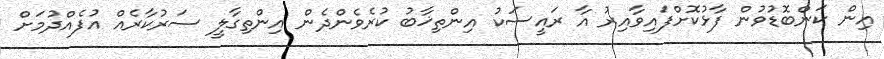
އިން ކަންބޮޑުވުން ފާޅުކޮށްފައިވާއިރު އާ ރައީސަކު އިންތިޚާބު ކުރެވެންދެން އިންތިގާލީ ސަރުކާރެއް އުފެއްދުމަށް